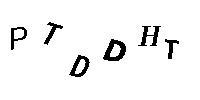
PTDDHT